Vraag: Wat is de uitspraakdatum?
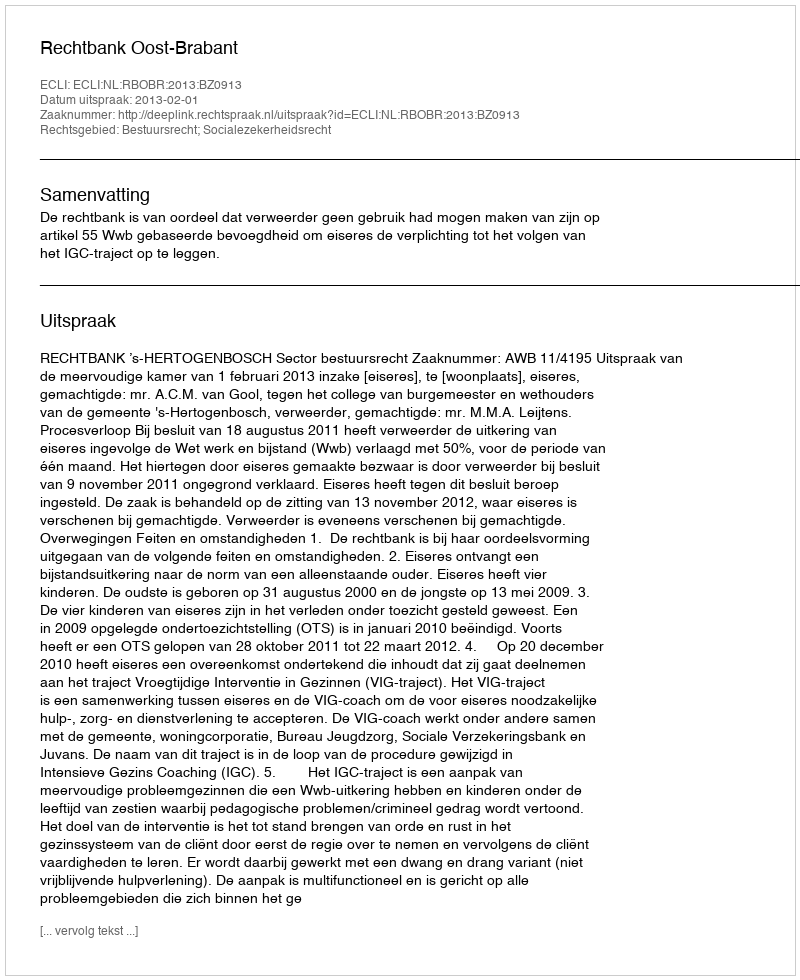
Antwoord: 2013-02-01